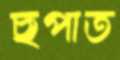
ছপাত